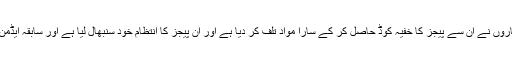
اب اسلئے نہیں ہیں کیونکہ انہیں اغوا کرنے کے بعداغوا کاروں نے اُن سے پیجز کا خفیہ کوڈ حاصل کر کے سارا مواد تلف کر دیا ہے اور ان پیجز کا انتظام خود سنبھال لیا ہے اور سابقہ ایڈمن کو کافر قرار دے کر مار دینے کی تلقین کی جا رہی ہے۔